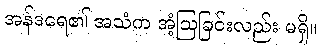
အန်ဒရေ၏ အသံက အံ့ဩခြင်းလည်း မရှိ။